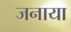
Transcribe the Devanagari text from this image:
जनाया